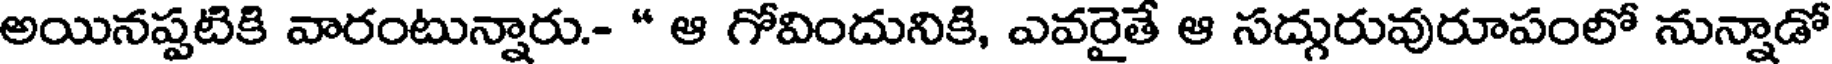
అయినప్పటికి వారంటున్నారు.- " ఆ గోవిందునికి, ఎవరైతే ఆ సద్గురువురూపంలో నున్నాడో